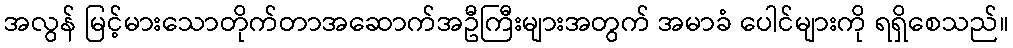
အလွန် မြင့်မားသောတိုက်တာအဆောက်အဦကြီးများအတွက် အမာခံ ပေါင်များကို ရရှိစေသည်။